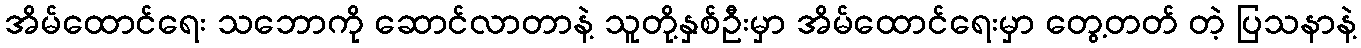
အိမ်ထောင်ရေး သဘောကို ဆောင်လာတာနဲ့ သူတို့နှစ်ဦးမှာ အိမ်ထောင်ရေးမှာ တွေ့တတ် တဲ့ ပြသနာနဲ့